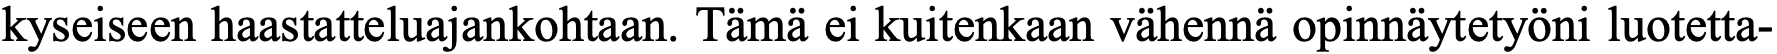
kyseiseen haastatteluajankohtaan. Tämä ei kuitenkaan vähennä opinnäytetyöni luotetta-